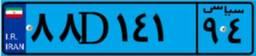
۵۸D۳۱۳۳۶